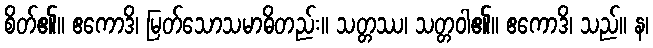
စိတ်၏။ ဧကောဒိ၊ မြတ်သောသမာဓိတည်း။ သတ္တဿ၊ သတ္တဝါ၏။ ဧကောဒိ၊ သည်။ န၊